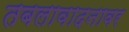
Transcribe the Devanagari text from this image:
तबलावादनावर